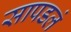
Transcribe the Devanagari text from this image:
सापडलं